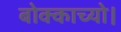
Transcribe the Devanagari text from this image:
बोक्काच्यो।